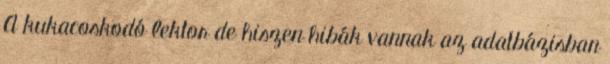
A kukacoskodó lektor de hiszen hibák vannak az adatbázisban